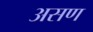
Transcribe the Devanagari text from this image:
असण